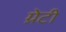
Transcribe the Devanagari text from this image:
ग्रेटी